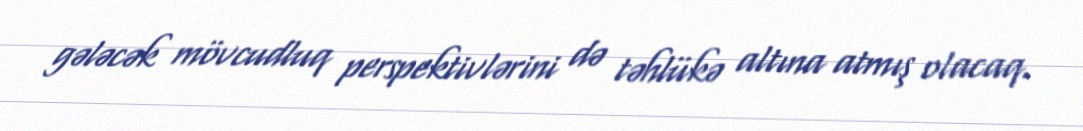
gələcək mövcudluq perspektivlərini də təhlükə altına atmış olacaq.